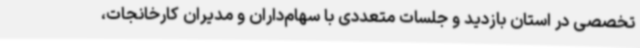
تخصصی در استان بازدید و جلسات متعددی با سهام‌داران و مدیران کارخانجات،